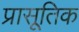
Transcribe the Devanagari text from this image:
प्रासूतिक